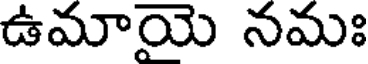
ఉమాయె నమః